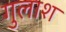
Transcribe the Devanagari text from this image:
गुलाश